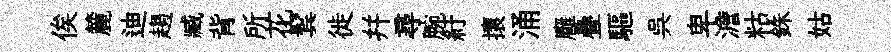
俟麓迪趨臧背所花鬂徙幷尋腕紆攘涌廱疊驅呉卑澹䊀銖姑